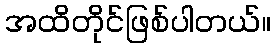
အထိတိုင်ဖြစ်ပါတယ်။